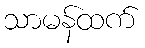
သာမန်ထက်